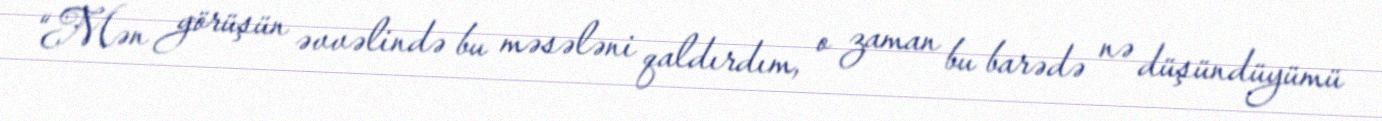
“Mən görüşün əvvəlində bu məsələni qaldırdım, o zaman bu barədə nə düşündüyümü